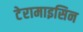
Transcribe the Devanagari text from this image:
टेरामाइसिन